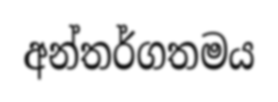
අන්තර්ගතමය